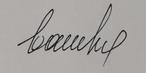
Signature authenticity: forged